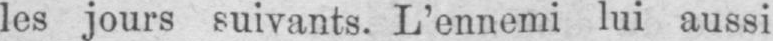
les jours suivants. L’ennemi lui aussi